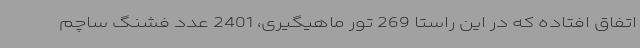
اتفاق افتاده که در این راستا 269 تور ماهیگیری، 2401 عدد فشنگ ساچم